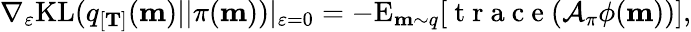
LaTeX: \nabla_{\varepsilon}\mathrm{KL}(q_{[\mathbf{T}]}(\mathbf{m})||\pi(\mathbf{m}))|_{\varepsilon=0}=-\mathrm{E}_{\mathbf{m}\sim q}[\mathrm{~t~r~a~c~e~}(\mathcal{A}_{\pi}\phi(\mathbf{m}))],